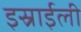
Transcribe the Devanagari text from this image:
इस्राईली